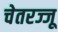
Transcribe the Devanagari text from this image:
चेतरज्जू